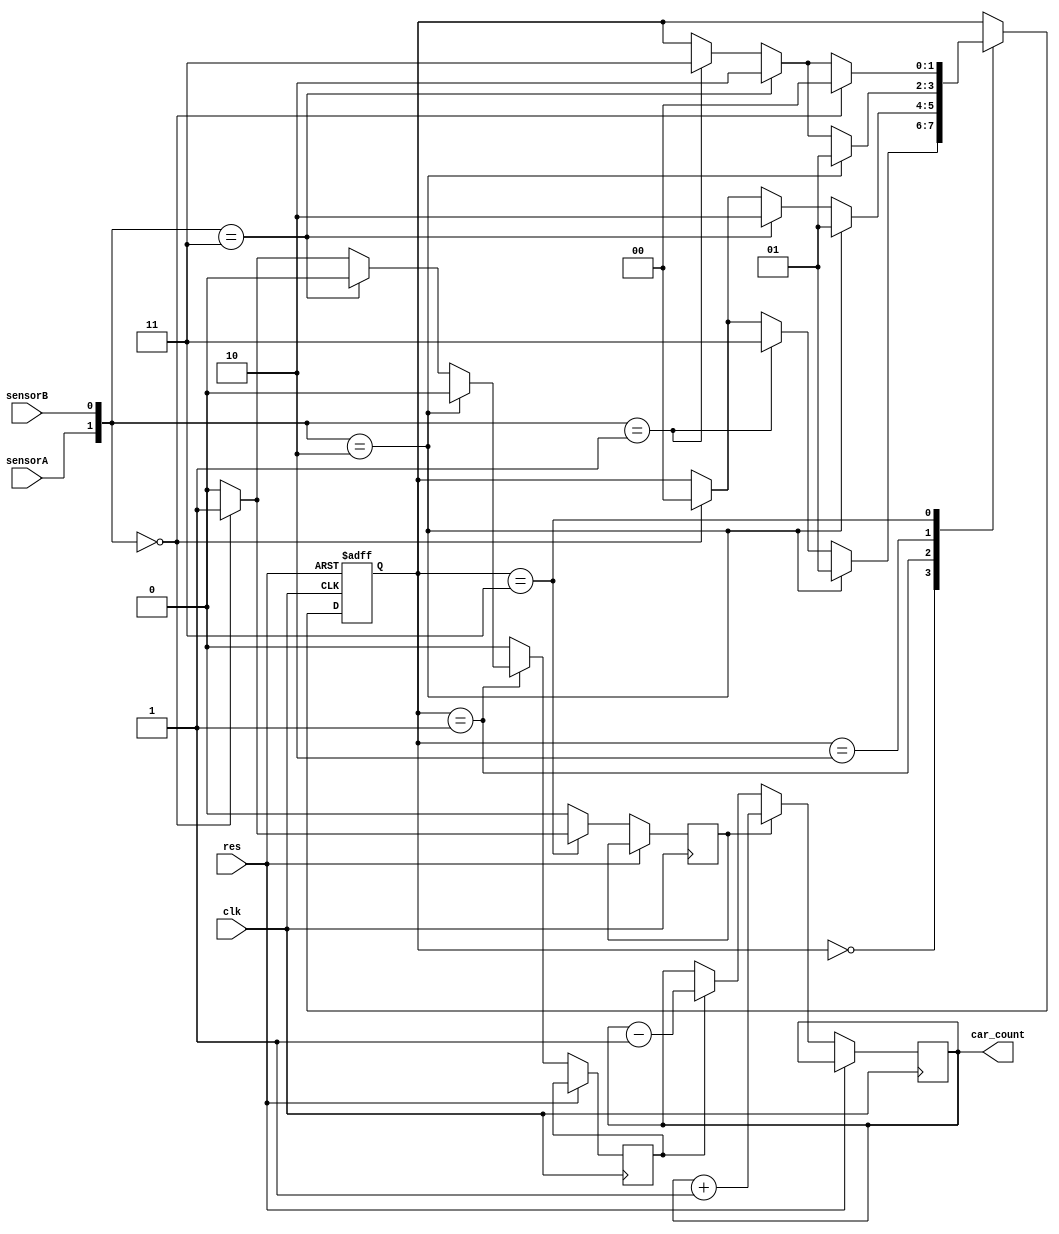
module car_detector(
	input wire clk, res,
	input wire sensorA,
	input wire sensorB,
	output wire [3:0] car_count
);

localparam abUnblocked=2'b00, aBlocked=2'b01, abBlocked=2'b10, bBlocked=2'b11;
reg [1:0] current_state;
reg increase, decrease;
reg [3:0] count = 0;

//initialize all necessary values
initial begin
	increase = 0;
	decrease = 0;
	current_state = 0;
end

// State register logic
always@(posedge clk, posedge res) begin
	if (res) 
		current_state <= abUnblocked;
	else
		begin
			increase <= 0;
			decrease <= 0;
			case(current_state)
				abUnblocked: if ({sensorA,sensorB} == 2'b10) begin
									current_state <= aBlocked;
								 end	 
								 else if ({sensorA,sensorB} == 2'b01) begin
									current_state <= bBlocked;
								 end
								 else if ({sensorA,sensorB} == 2'b00) begin
									current_state <= abUnblocked; //stay
								 end
				aBlocked: 	 if ({sensorA,sensorB} == 2'b10) begin
									current_state <= aBlocked; //stay
								 end	 
								 else if ({sensorA,sensorB} == 2'b11) begin
									current_state <= abBlocked;
								 end
								 else if ({sensorA,sensorB} == 2'b00) begin
									current_state <= abUnblocked; 
									decrease <= 1; //finished exiting
								 end
				abBlocked: 	 if ({sensorA,sensorB} == 2'b10) begin
									current_state <= aBlocked;
								 end	 
								 else if ({sensorA,sensorB} == 2'b11) begin
									current_state <= abBlocked; //stay
								 end
								 else if ({sensorA,sensorB} == 2'b01) begin
									current_state <= bBlocked; 
								 end
				bBlocked: 	 if ({sensorA,sensorB} == 2'b00) begin
									current_state <= abUnblocked;
									increase <= 1;
								 end	 
								 else if ({sensorA,sensorB} == 2'b11) begin
									current_state <= abBlocked;
								 end
								 else if ({sensorA,sensorB} == 2'b01) begin
									current_state <= bBlocked; //stay
								 end
				default: current_state <= abUnblocked;
			endcase
	if(increase)
		count <= count + 1'b1; //increment the total counter
	else if(decrease)
		count <= count - 1'b1; //decrement the total counter		
	end //end else	
end //end always		

assign car_count = count;

endmodule